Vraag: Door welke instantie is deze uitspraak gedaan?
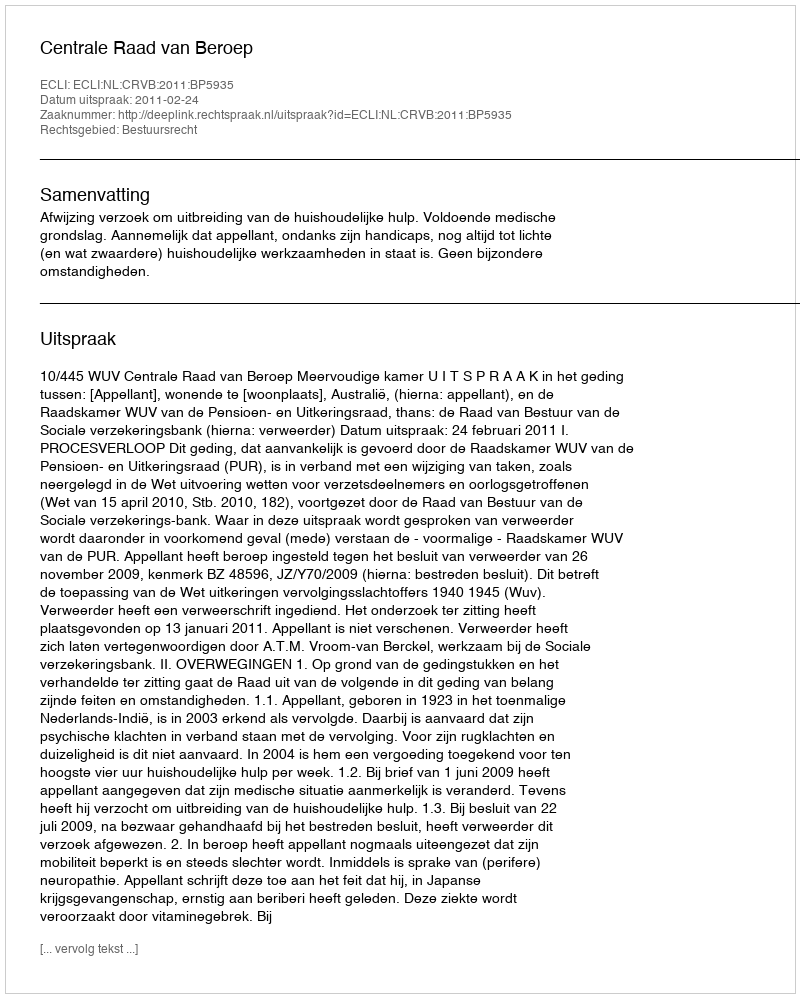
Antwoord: Centrale Raad van Beroep